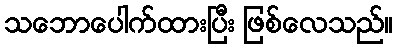
သဘောပေါက်ထားပြီး ဖြစ်လေသည်။